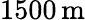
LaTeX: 1500\, \mathrm{m}